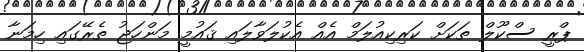
ޕްރީ ސްކޫލް ތަކަށް ކަރިކިއުލަމް އެއް އެކުލަވާލައި ޤައުމީ މަންހަޖު ތެރޭގައި ހިމަނާ